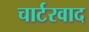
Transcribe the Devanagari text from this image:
चार्टरवाद